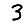
Digit: 3